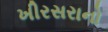
ખીરસરાનો